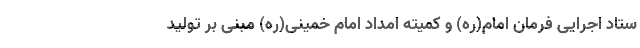
ستاد اجرایی فرمان امام(ره) و کمیته امداد امام خمینی(ره) مبنی بر تولید